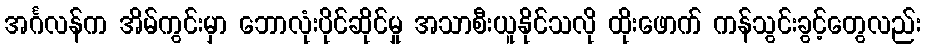
အင်္ဂလန်က အိမ်ကွင်းမှာ ဘောလုံးပိုင်ဆိုင်မှု အသာစီးယူနိုင်သလို ထိုးဖောက် ကန်သွင်းခွင့်တွေလည်း